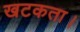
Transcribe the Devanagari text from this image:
खटकता।